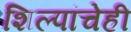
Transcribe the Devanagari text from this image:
शिल्पांचेही